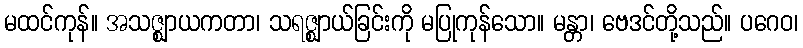
မထင်ကုန်။ အသဇ္ဈာယကတာ၊ သရဇ္ဈာယ်ခြင်းကို မပြုကုန်သော။ မန္တာ၊ ဗေဒင်တို့သည်။ ပဂေဝ၊